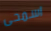
اسمحى